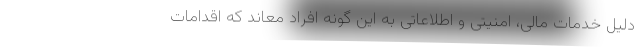
دلیل خدمات مالی، امنیتی و اطلاعاتی به این گونه افراد معاند که اقدامات